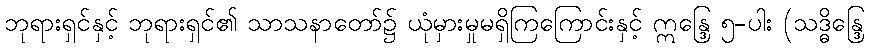
ဘုရားရှင်နှင့် ဘုရားရှင်၏ သာသနာတော်၌ ယုံမှားမှုမရှိကြကြောင်းနှင့် ဣန္ဒြေ ၅-ပါး (သဒ္ဓိန္ဒြေ